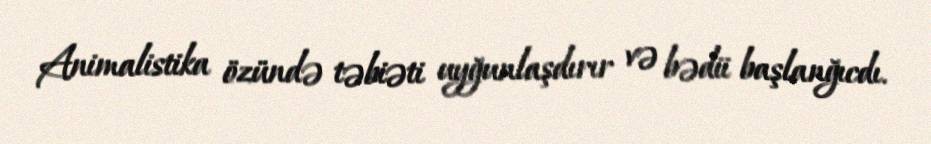
Animalistika özündə təbiəti uyğunlaşdırır və bədii başlanğıcdı.